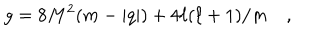
g = 8 M ^ { 2 } ( m - | q | ) + 4 \ell ( \ell + 1 ) / m \quad ,